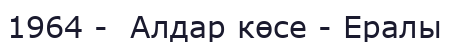
1964 -  Алдар көсе - Ералы